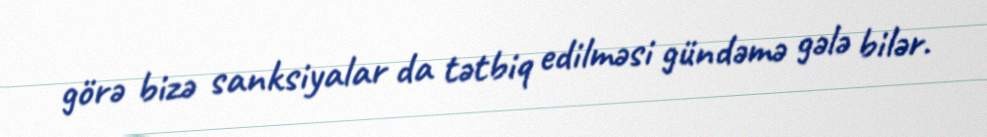
görə bizə sanksiyalar da tətbiq edilməsi gündəmə gələ bilər.